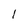
Character: l